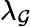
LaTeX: \lambda_{\mathcal{G}}